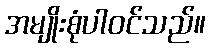
အမျိုးစုံပါဝင်သည်။